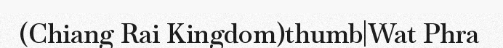
(Chiang Rai Kingdom)thumb|Wat Phra